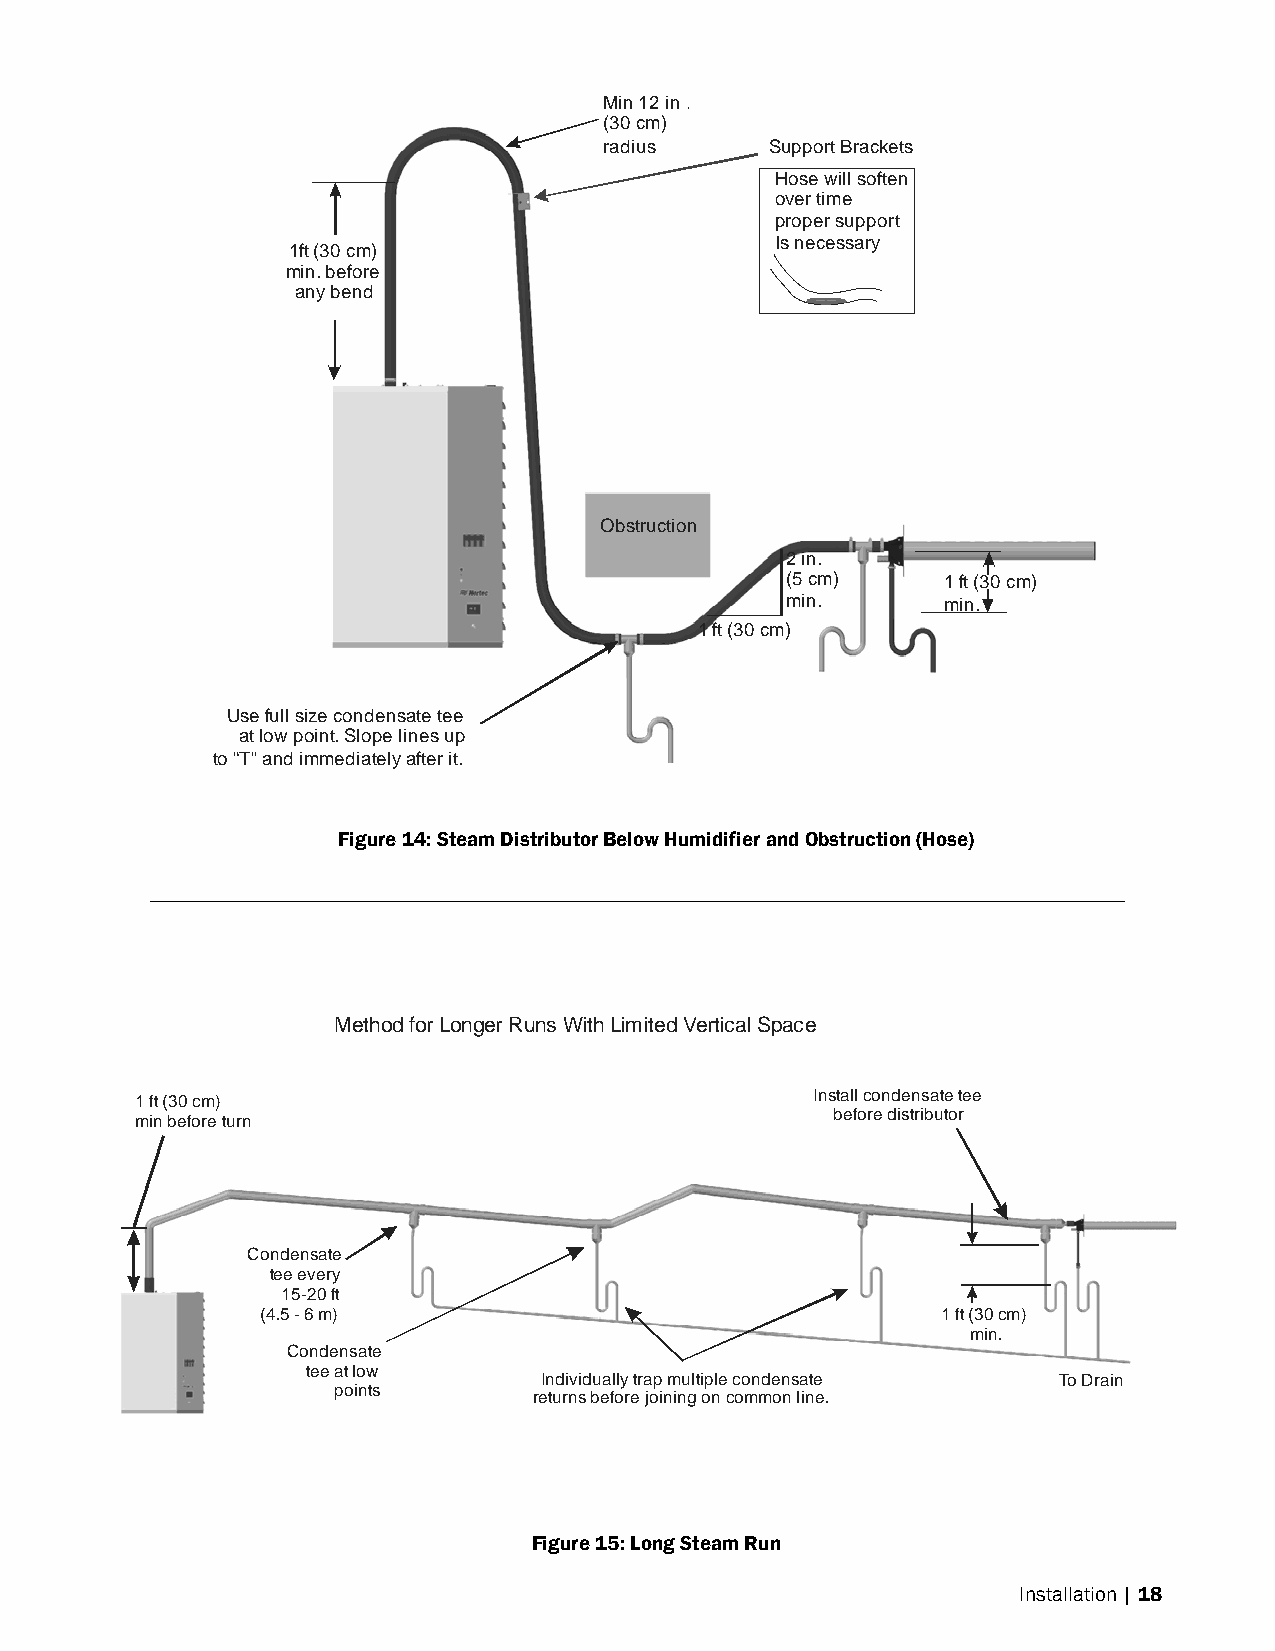
Min 12 in .
 (30 cm)
 radius     Support Brackets
 Hose will soften
 over time
 proper support
 Is necessary
 1ft (30 cm)
 min. before
 any bend
 Obstruction
 2 in.
 (5 cm)     1 ft (30 cm)
 min.       min.
 1 ft (30 cm)
 Use full size condensate tee
 at low point. Slope lines up
 to “T” and immediately after it.
 Figure 14: Steam Distributor Below Humidifier and Obstruction (Hose)
 Method for Longer Runs With Limited Vertical Space
 1 ft (30 cm)                                 Install condensate tee
 before distributor
 min before turn
 Condensate
 tee every
 15-20 ft
 (4.5 - 6 m)                                  1 ft (30 cm)
 min.
 Condensate
 tee at low
 Individually trap multiple condensate To Drain
 points
 returns before joining on common line.
 Figure 15: Long Steam Run
 Installation | 18